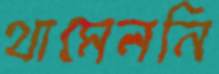
থামেননি